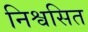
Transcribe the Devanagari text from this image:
निश्वसित